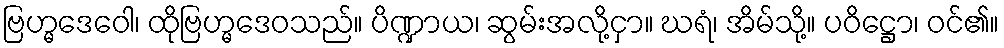
ဗြဟ္မဒေဝေါ၊ ထိုဗြဟ္မဒေဝသည်။ ပိဏ္ဍာယ၊ ဆွမ်းအလို့ငှာ။ ဃရံ၊ အိမ်သို့။ ပဝိဋ္ဌော၊ ဝင်၏။